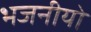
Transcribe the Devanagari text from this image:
भजनीयो